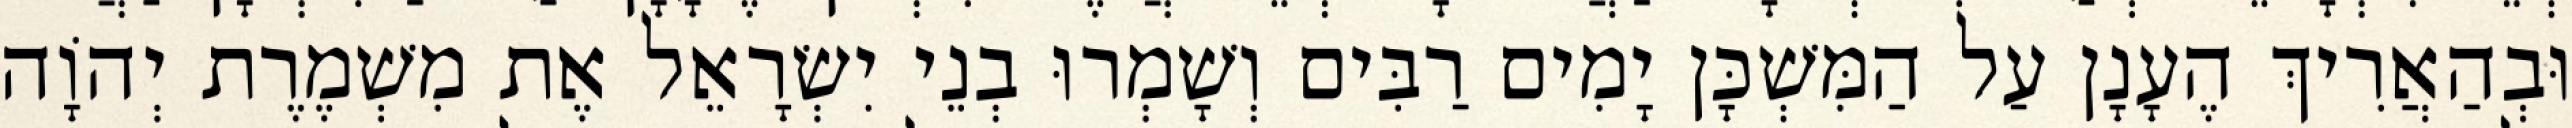
וּבְהַאֲרִיךְ הֶעָנָן עַל הַמִּשְׁכָּן יָמִים רַבִּים וְשָׁמְרוּ בְנֵי יִשְׂרָאֵל אֶת מִשְׁמֶרֶת יְהוָֹה